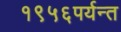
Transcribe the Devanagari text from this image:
१९५६पर्यन्त